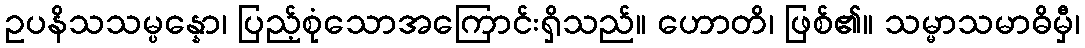
ဥပနိသသမ္ပန္နော၊ ပြည့်စုံသောအကြောင်းရှိသည်။ ဟောတိ၊ ဖြစ်၏။ သမ္မာသမာဓိမှီ၊